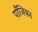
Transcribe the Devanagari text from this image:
पाँजिका